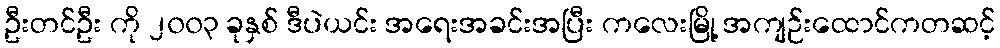
ဦးတင်ဦး ကို ၂၀၀၃ ခုနှစ် ဒီပဲယင်း အရေးအခင်းအပြီး ကလေးမြို့ အကျဉ်းထောင်ကတဆင့်